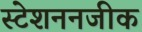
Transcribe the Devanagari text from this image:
स्टेशननजीक